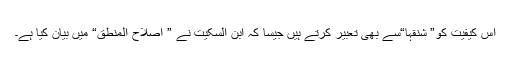
اس کیفیت کو” شنقہا“سے بھی تعبیر کرتے ہیں جیسا کہ ابن السکیت نے ” اصلاح المنطق“ میں بیان کیا ہے۔